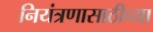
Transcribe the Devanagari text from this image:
नियंत्रणासाठीच्या